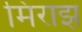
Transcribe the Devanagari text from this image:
मिराझ